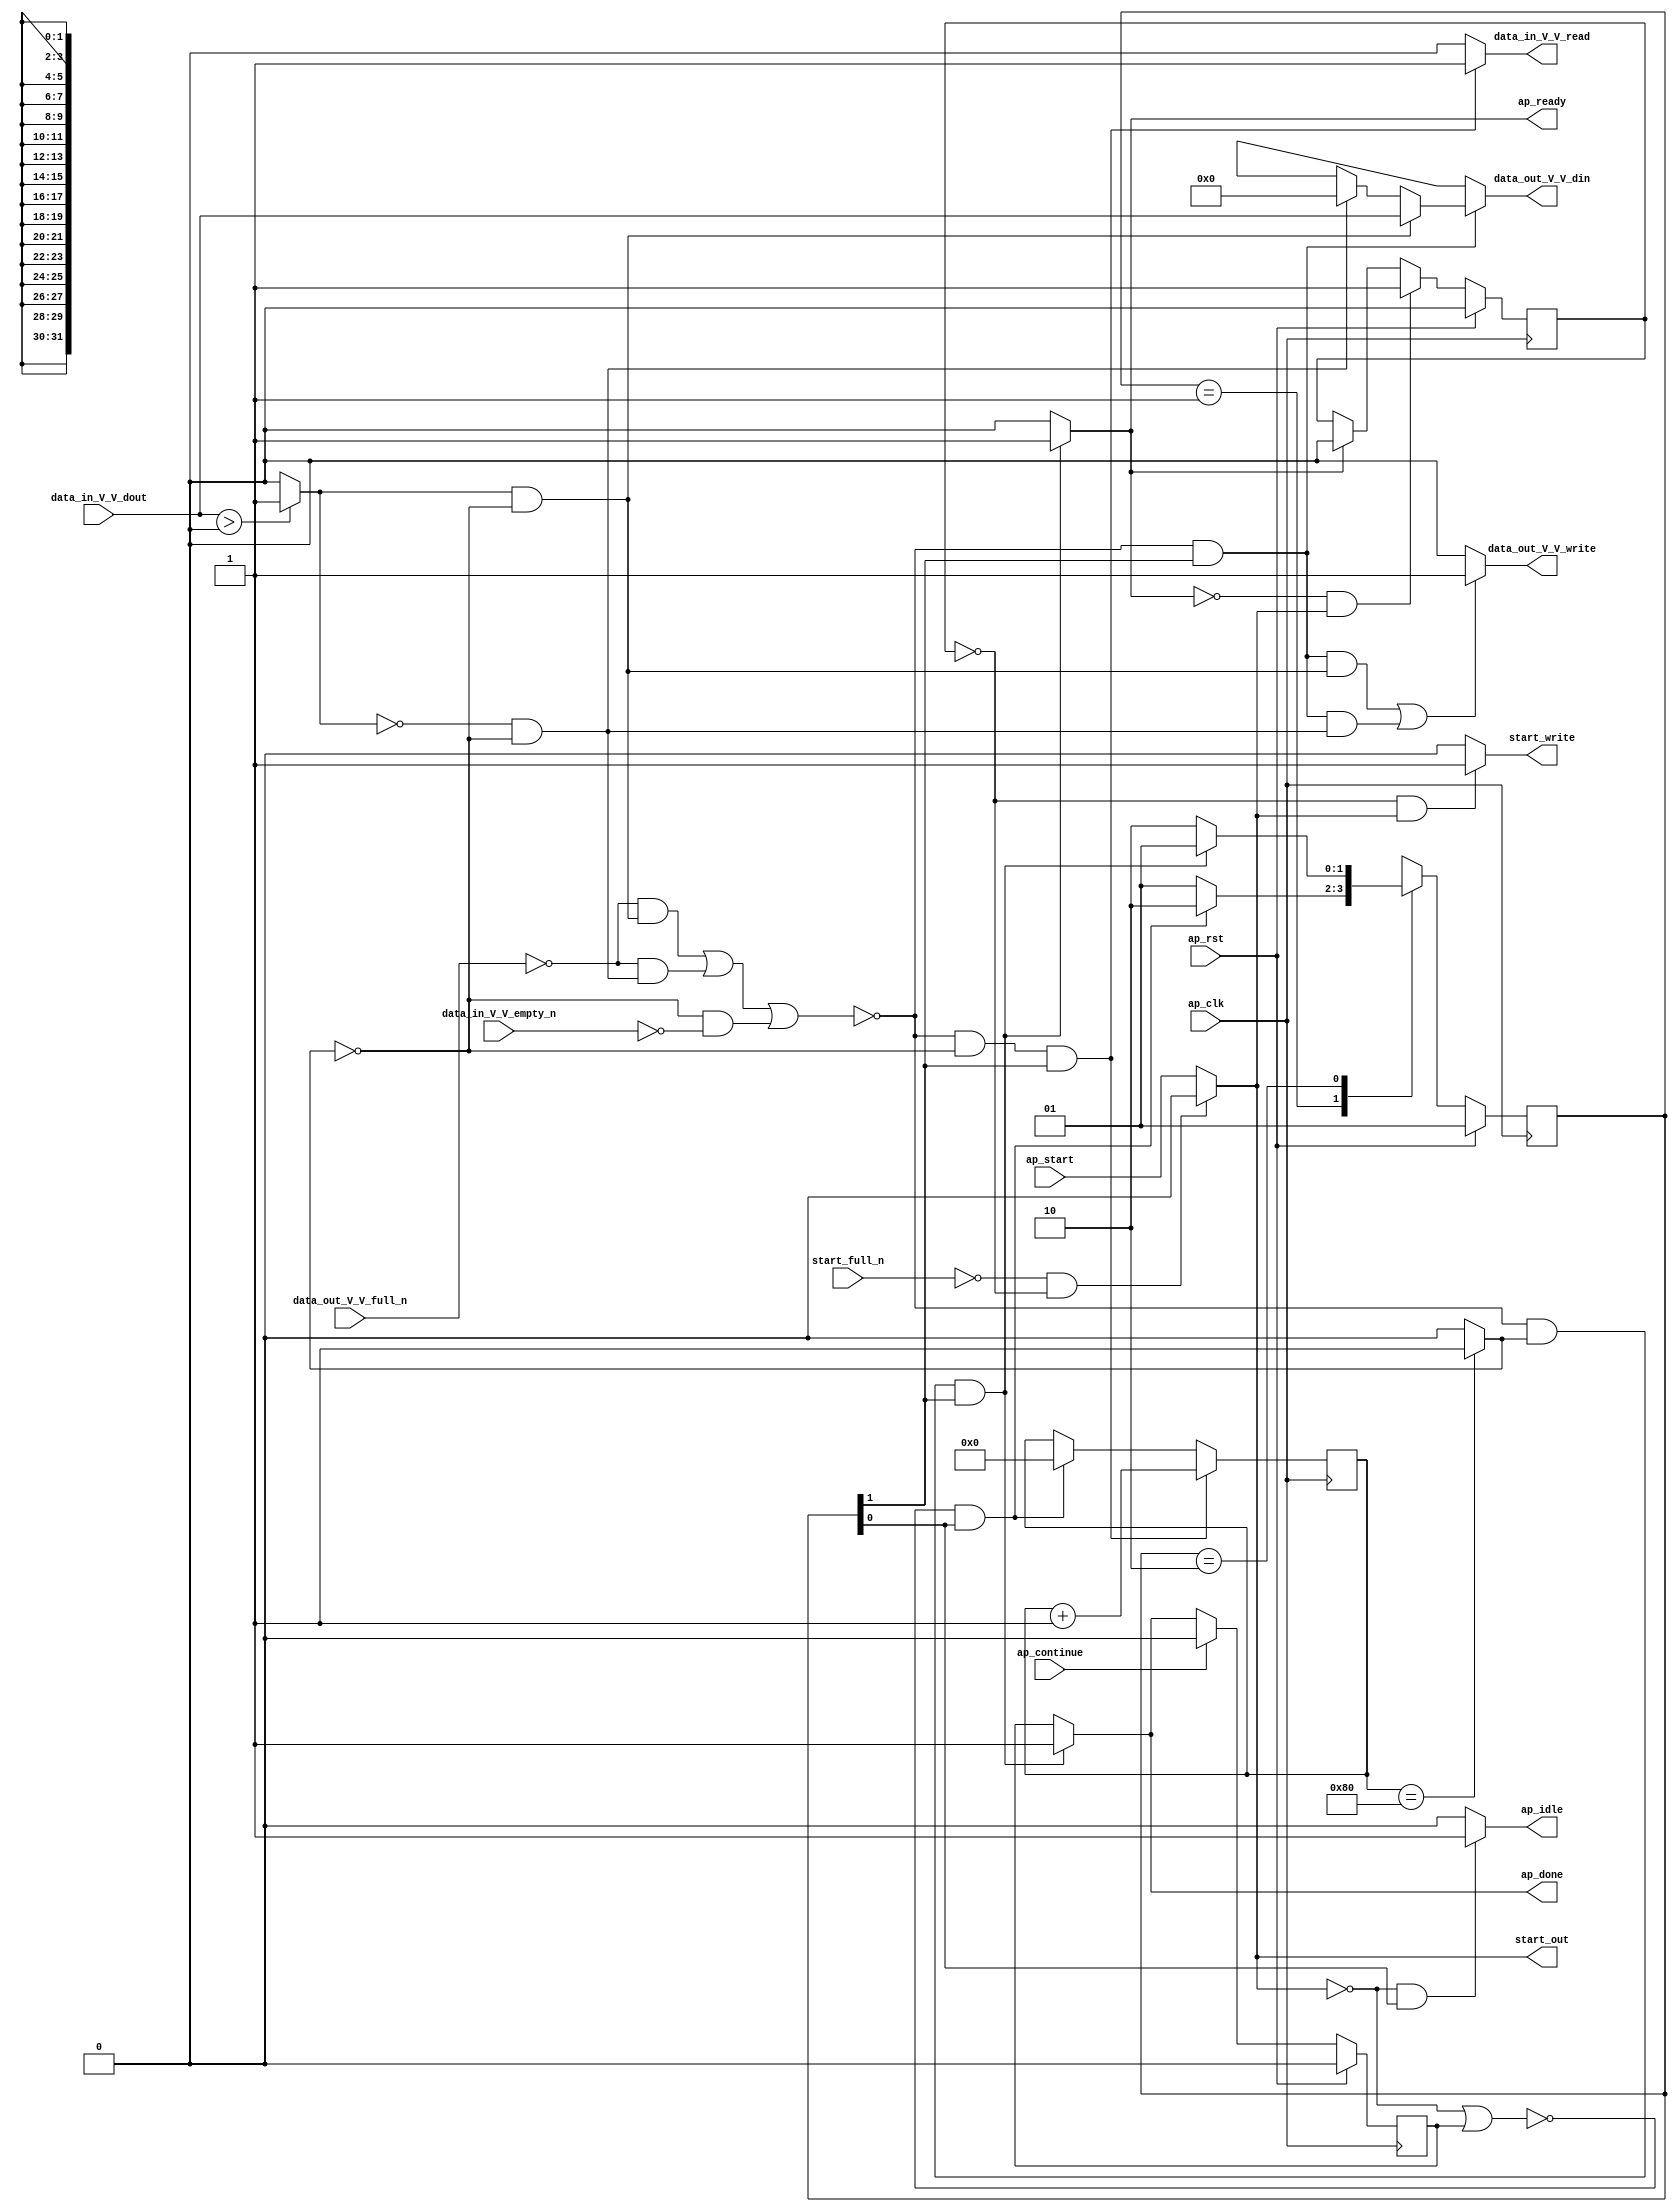
// ==============================================================
// RTL generated by Vivado(TM) HLS - High-Level Synthesis from C, C++ and SystemC
// Version: 2017.4
// Copyright (C) 1986-2017 Xilinx, Inc. All Rights Reserved.
// 
// ===========================================================

`timescale 1 ns / 1 ps 

module relu (
        ap_clk,
        ap_rst,
        ap_start,
        start_full_n,
        ap_done,
        ap_continue,
        ap_idle,
        ap_ready,
        start_out,
        start_write,
        data_in_V_V_dout,
        data_in_V_V_empty_n,
        data_in_V_V_read,
        data_out_V_V_din,
        data_out_V_V_full_n,
        data_out_V_V_write
);

parameter    ap_ST_fsm_state1 = 2'd1;
parameter    ap_ST_fsm_state2 = 2'd2;

input   ap_clk;
input   ap_rst;
input   ap_start;
input   start_full_n;
output   ap_done;
input   ap_continue;
output   ap_idle;
output   ap_ready;
output   start_out;
output   start_write;
input  [31:0] data_in_V_V_dout;
input   data_in_V_V_empty_n;
output   data_in_V_V_read;
output  [31:0] data_out_V_V_din;
input   data_out_V_V_full_n;
output   data_out_V_V_write;

reg ap_done;
reg ap_idle;
reg start_write;
reg data_in_V_V_read;
reg[31:0] data_out_V_V_din;
reg data_out_V_V_write;

reg    real_start;
reg    start_once_reg;
reg    ap_done_reg;
(* fsm_encoding = "none" *) reg   [1:0] ap_CS_fsm;
wire    ap_CS_fsm_state1;
reg    internal_ap_ready;
reg    data_in_V_V_blk_n;
wire    ap_CS_fsm_state2;
wire   [0:0] exitcond_fu_78_p2;
reg    data_out_V_V_blk_n;
wire   [0:0] tmp_fu_90_p2;
wire   [7:0] ii_1_fu_84_p2;
reg    ap_predicate_op14_write_state2;
reg    ap_predicate_op16_write_state2;
reg    ap_block_state2;
reg   [7:0] ii_reg_67;
reg    ap_block_state1;
reg   [1:0] ap_NS_fsm;
reg    ap_condition_81;

// power-on initialization
initial begin
#0 start_once_reg = 1'b0;
#0 ap_done_reg = 1'b0;
#0 ap_CS_fsm = 2'd1;
end

always @ (posedge ap_clk) begin
    if (ap_rst == 1'b1) begin
        ap_CS_fsm <= ap_ST_fsm_state1;
    end else begin
        ap_CS_fsm <= ap_NS_fsm;
    end
end

always @ (posedge ap_clk) begin
    if (ap_rst == 1'b1) begin
        ap_done_reg <= 1'b0;
    end else begin
        if ((ap_continue == 1'b1)) begin
            ap_done_reg <= 1'b0;
        end else if ((~(((data_out_V_V_full_n == 1'b0) & (ap_predicate_op16_write_state2 == 1'b1)) | ((data_out_V_V_full_n == 1'b0) & (ap_predicate_op14_write_state2 == 1'b1)) | ((exitcond_fu_78_p2 == 1'd0) & (data_in_V_V_empty_n == 1'b0))) & (exitcond_fu_78_p2 == 1'd1) & (1'b1 == ap_CS_fsm_state2))) begin
            ap_done_reg <= 1'b1;
        end
    end
end

always @ (posedge ap_clk) begin
    if (ap_rst == 1'b1) begin
        start_once_reg <= 1'b0;
    end else begin
        if (((internal_ap_ready == 1'b0) & (real_start == 1'b1))) begin
            start_once_reg <= 1'b1;
        end else if ((internal_ap_ready == 1'b1)) begin
            start_once_reg <= 1'b0;
        end
    end
end

always @ (posedge ap_clk) begin
    if ((~(((data_out_V_V_full_n == 1'b0) & (ap_predicate_op16_write_state2 == 1'b1)) | ((data_out_V_V_full_n == 1'b0) & (ap_predicate_op14_write_state2 == 1'b1)) | ((exitcond_fu_78_p2 == 1'd0) & (data_in_V_V_empty_n == 1'b0))) & (exitcond_fu_78_p2 == 1'd0) & (1'b1 == ap_CS_fsm_state2))) begin
        ii_reg_67 <= ii_1_fu_84_p2;
    end else if ((~((real_start == 1'b0) | (ap_done_reg == 1'b1)) & (1'b1 == ap_CS_fsm_state1))) begin
        ii_reg_67 <= 8'd0;
    end
end

always @ (*) begin
    if ((~(((data_out_V_V_full_n == 1'b0) & (ap_predicate_op16_write_state2 == 1'b1)) | ((data_out_V_V_full_n == 1'b0) & (ap_predicate_op14_write_state2 == 1'b1)) | ((exitcond_fu_78_p2 == 1'd0) & (data_in_V_V_empty_n == 1'b0))) & (exitcond_fu_78_p2 == 1'd1) & (1'b1 == ap_CS_fsm_state2))) begin
        ap_done = 1'b1;
    end else begin
        ap_done = ap_done_reg;
    end
end

always @ (*) begin
    if (((real_start == 1'b0) & (1'b1 == ap_CS_fsm_state1))) begin
        ap_idle = 1'b1;
    end else begin
        ap_idle = 1'b0;
    end
end

always @ (*) begin
    if (((exitcond_fu_78_p2 == 1'd0) & (1'b1 == ap_CS_fsm_state2))) begin
        data_in_V_V_blk_n = data_in_V_V_empty_n;
    end else begin
        data_in_V_V_blk_n = 1'b1;
    end
end

always @ (*) begin
    if ((~(((data_out_V_V_full_n == 1'b0) & (ap_predicate_op16_write_state2 == 1'b1)) | ((data_out_V_V_full_n == 1'b0) & (ap_predicate_op14_write_state2 == 1'b1)) | ((exitcond_fu_78_p2 == 1'd0) & (data_in_V_V_empty_n == 1'b0))) & (exitcond_fu_78_p2 == 1'd0) & (1'b1 == ap_CS_fsm_state2))) begin
        data_in_V_V_read = 1'b1;
    end else begin
        data_in_V_V_read = 1'b0;
    end
end

always @ (*) begin
    if ((((tmp_fu_90_p2 == 1'd0) & (exitcond_fu_78_p2 == 1'd0) & (1'b1 == ap_CS_fsm_state2)) | ((tmp_fu_90_p2 == 1'd1) & (exitcond_fu_78_p2 == 1'd0) & (1'b1 == ap_CS_fsm_state2)))) begin
        data_out_V_V_blk_n = data_out_V_V_full_n;
    end else begin
        data_out_V_V_blk_n = 1'b1;
    end
end

always @ (*) begin
    if ((1'b1 == ap_condition_81)) begin
        if ((ap_predicate_op16_write_state2 == 1'b1)) begin
            data_out_V_V_din = data_in_V_V_dout;
        end else if ((ap_predicate_op14_write_state2 == 1'b1)) begin
            data_out_V_V_din = 32'd0;
        end else begin
            data_out_V_V_din = 'bx;
        end
    end else begin
        data_out_V_V_din = 'bx;
    end
end

always @ (*) begin
    if (((~(((data_out_V_V_full_n == 1'b0) & (ap_predicate_op16_write_state2 == 1'b1)) | ((data_out_V_V_full_n == 1'b0) & (ap_predicate_op14_write_state2 == 1'b1)) | ((exitcond_fu_78_p2 == 1'd0) & (data_in_V_V_empty_n == 1'b0))) & (1'b1 == ap_CS_fsm_state2) & (ap_predicate_op16_write_state2 == 1'b1)) | (~(((data_out_V_V_full_n == 1'b0) & (ap_predicate_op16_write_state2 == 1'b1)) | ((data_out_V_V_full_n == 1'b0) & (ap_predicate_op14_write_state2 == 1'b1)) | ((exitcond_fu_78_p2 == 1'd0) & (data_in_V_V_empty_n == 1'b0))) & (1'b1 == ap_CS_fsm_state2) & (ap_predicate_op14_write_state2 == 1'b1)))) begin
        data_out_V_V_write = 1'b1;
    end else begin
        data_out_V_V_write = 1'b0;
    end
end

always @ (*) begin
    if ((~(((data_out_V_V_full_n == 1'b0) & (ap_predicate_op16_write_state2 == 1'b1)) | ((data_out_V_V_full_n == 1'b0) & (ap_predicate_op14_write_state2 == 1'b1)) | ((exitcond_fu_78_p2 == 1'd0) & (data_in_V_V_empty_n == 1'b0))) & (exitcond_fu_78_p2 == 1'd1) & (1'b1 == ap_CS_fsm_state2))) begin
        internal_ap_ready = 1'b1;
    end else begin
        internal_ap_ready = 1'b0;
    end
end

always @ (*) begin
    if (((start_full_n == 1'b0) & (start_once_reg == 1'b0))) begin
        real_start = 1'b0;
    end else begin
        real_start = ap_start;
    end
end

always @ (*) begin
    if (((start_once_reg == 1'b0) & (real_start == 1'b1))) begin
        start_write = 1'b1;
    end else begin
        start_write = 1'b0;
    end
end

always @ (*) begin
    case (ap_CS_fsm)
        ap_ST_fsm_state1 : begin
            if ((~((real_start == 1'b0) | (ap_done_reg == 1'b1)) & (1'b1 == ap_CS_fsm_state1))) begin
                ap_NS_fsm = ap_ST_fsm_state2;
            end else begin
                ap_NS_fsm = ap_ST_fsm_state1;
            end
        end
        ap_ST_fsm_state2 : begin
            if ((~(((data_out_V_V_full_n == 1'b0) & (ap_predicate_op16_write_state2 == 1'b1)) | ((data_out_V_V_full_n == 1'b0) & (ap_predicate_op14_write_state2 == 1'b1)) | ((exitcond_fu_78_p2 == 1'd0) & (data_in_V_V_empty_n == 1'b0))) & (exitcond_fu_78_p2 == 1'd1) & (1'b1 == ap_CS_fsm_state2))) begin
                ap_NS_fsm = ap_ST_fsm_state1;
            end else if ((~(((data_out_V_V_full_n == 1'b0) & (ap_predicate_op16_write_state2 == 1'b1)) | ((data_out_V_V_full_n == 1'b0) & (ap_predicate_op14_write_state2 == 1'b1)) | ((exitcond_fu_78_p2 == 1'd0) & (data_in_V_V_empty_n == 1'b0))) & (exitcond_fu_78_p2 == 1'd0) & (1'b1 == ap_CS_fsm_state2))) begin
                ap_NS_fsm = ap_ST_fsm_state2;
            end else begin
                ap_NS_fsm = ap_ST_fsm_state2;
            end
        end
        default : begin
            ap_NS_fsm = 'bx;
        end
    endcase
end

assign ap_CS_fsm_state1 = ap_CS_fsm[32'd0];

assign ap_CS_fsm_state2 = ap_CS_fsm[32'd1];

always @ (*) begin
    ap_block_state1 = ((real_start == 1'b0) | (ap_done_reg == 1'b1));
end

always @ (*) begin
    ap_block_state2 = (((data_out_V_V_full_n == 1'b0) & (ap_predicate_op16_write_state2 == 1'b1)) | ((data_out_V_V_full_n == 1'b0) & (ap_predicate_op14_write_state2 == 1'b1)) | ((exitcond_fu_78_p2 == 1'd0) & (data_in_V_V_empty_n == 1'b0)));
end

always @ (*) begin
    ap_condition_81 = (~(((data_out_V_V_full_n == 1'b0) & (ap_predicate_op16_write_state2 == 1'b1)) | ((data_out_V_V_full_n == 1'b0) & (ap_predicate_op14_write_state2 == 1'b1)) | ((exitcond_fu_78_p2 == 1'd0) & (data_in_V_V_empty_n == 1'b0))) & (1'b1 == ap_CS_fsm_state2));
end

always @ (*) begin
    ap_predicate_op14_write_state2 = ((tmp_fu_90_p2 == 1'd0) & (exitcond_fu_78_p2 == 1'd0));
end

always @ (*) begin
    ap_predicate_op16_write_state2 = ((tmp_fu_90_p2 == 1'd1) & (exitcond_fu_78_p2 == 1'd0));
end

assign ap_ready = internal_ap_ready;

assign exitcond_fu_78_p2 = ((ii_reg_67 == 8'd128) ? 1'b1 : 1'b0);

assign ii_1_fu_84_p2 = (ii_reg_67 + 8'd1);

assign start_out = real_start;

assign tmp_fu_90_p2 = (($signed(data_in_V_V_dout) > $signed(32'd0)) ? 1'b1 : 1'b0);

endmodule //relu